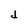
Character: d